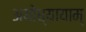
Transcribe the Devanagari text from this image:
अयोध्यायाम्